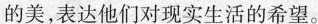
的美，表达他们对现实生活的希望。